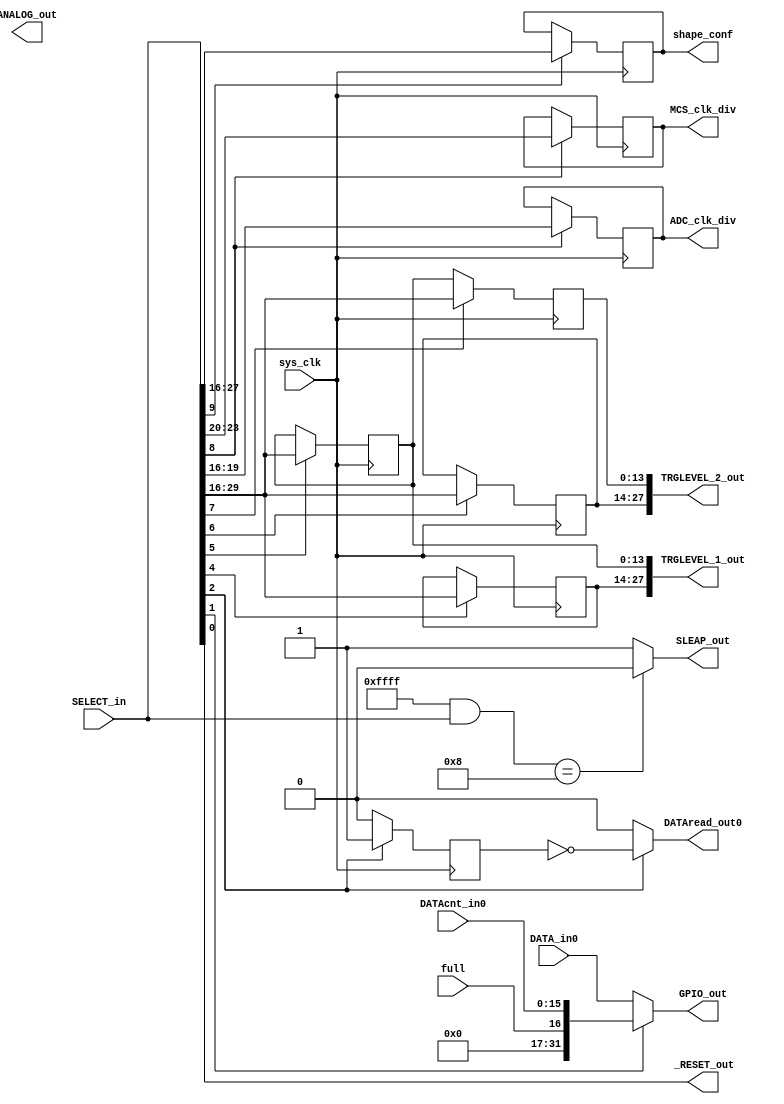
`timescale 1ns / 1ps

//ver1 
//ver2 : low level trg made. v1 <-> v2 compatibility.
//ver3 : more simplecodes. Add SCAtrg. v2 <-> v3 not compatibility. need to trgmod_v4.
//ver4 : add clock division selector.

//*GPIO input-------------
//  0xffff_ffff         //
//    +--+ +--+         //
//     02   01          //
//01: function select   //
//02: send data 16bit   //

//*function code--------------
//  0000_0000_0000_0000     //
//  +--+ +--+ +--+ +--+     //
//   04   03   02   01      //
//01: normal function ch0   //
//02: trg    function       //
//03: division etc			//
//04: reserved              //

//////////////////////////
//  function list ch0   //
//  input   function    //
//  0001    *start      //
//  0010    *inquiry    //
//  0100    *read       //
//  1000    *stop,sleap //
//////////////////////////////
//  function list output	//
//  0001    *H_TRGLv 1 set	//
//  0010	*L_TRGLv 1 set	//
//	0100	*H_TRGLv 2 set	//
//	1000	*L_TRGLv 2 set	//
//////////////////////////////////
//	function list clk division	//
//	0001	*adc,MCS clk div set//
//	0010	*tau set			//
//	0100	*reserved			//
//	1000	*reserved			//
//////////////////////////////////


module GPIOcontroller_modv4(
            SELECT_in, DATA_in0, DATAcnt_in0,full, sys_clk,
            GPIO_out, _RESET_out, DATAread_out0, SLEAP_out, ANALOG_out,TRGLEVEL_1_out,TRGLEVEL_2_out,ADC_clk_div,MCS_clk_div,shape_conf
    );
    
    input[31:0] SELECT_in;
    input[31:0] DATA_in0;
    input[15:0]  DATAcnt_in0;
    input       full;
    input       sys_clk;
    output[31:0] GPIO_out;
    output      DATAread_out0;
    output      _RESET_out;
    output      SLEAP_out;
    output[13:0] ANALOG_out;
    output[27:0] TRGLEVEL_1_out;
	output[27:0] TRGLEVEL_2_out;
	output[3:0] ADC_clk_div;
	output[3:0] MCS_clk_div;
	output[11:0] shape_conf;
    
	reg[11:0] shape_confset;
    reg resetflag;
    reg readflag0;
    reg readflag1;
    reg[13:0] ANALOG_data;
    reg[13:0] H_TRGLEVEL_data_1;
	reg[13:0] L_TRGLEVEL_data_1;
	reg[13:0] H_TRGLEVEL_data_2;
	reg[13:0] L_TRGLEVEL_data_2;
	reg[3:0] ADC_clk_division_data;
	reg[3:0] MCS_clk_division_data;
    
    //0_0001 start,reset conect to count reset    
    always@(posedge sys_clk)begin
        if(SELECT_in[0])
            resetflag <= 1;
        else
            resetflag <= 0;
    end
    assign _RESET_out = SELECT_in[0]/*? ~resetflag:0*/;
	
	//0_0010 data num OR 0100 data read selector. conect to GPIO in
    assign  GPIO_out = SELECT_in[1]? {15'h0000,full,DATAcnt_in0} : DATA_in0;
   
    // 0_0100 read  sys_clk conect to FIFO read sys_clk   
    always@(posedge sys_clk)begin
        if(SELECT_in[2])
            readflag0 <= 1;
        else
            readflag0 <= 0;
    end
    assign DATAread_out0 = SELECT_in[2]? ~readflag0:1'b0;
	
	//0_1000 stop,sleap conect to FIFO write enable
    assign  SLEAP_out = ((32'h0000_ffff & SELECT_in) == 32'h0000_0008)? 0:1;
    
    //1_0001 H TRG LEVEL data 1 resive from gpio
    always@(posedge sys_clk)begin
        if(SELECT_in[4])
            H_TRGLEVEL_data_1 <= SELECT_in[29:16];
        else
            H_TRGLEVEL_data_1 <= H_TRGLEVEL_data_1;
    end
	
	//1_0010 L TRG LEVEL data 1 resive from gpio
    always@(posedge sys_clk)begin
        if(SELECT_in[5])
            L_TRGLEVEL_data_1 <= SELECT_in[29:16];
        else
            L_TRGLEVEL_data_1 <= L_TRGLEVEL_data_1;
    end
    assign TRGLEVEL_1_out = {H_TRGLEVEL_data_1,L_TRGLEVEL_data_1};
	
	//1_0100 H TRG LEVEL data 2 resive from gpio
    always@(posedge sys_clk)begin
        if(SELECT_in[6])
            H_TRGLEVEL_data_2 <= SELECT_in[29:16];
        else
            H_TRGLEVEL_data_2 <= H_TRGLEVEL_data_2;
    end
	
	//1_1000 L TRG LEVEL data 2 resive from gpio
    always@(posedge sys_clk)begin
        if(SELECT_in[7])
            L_TRGLEVEL_data_2 <= SELECT_in[29:16];
        else
            L_TRGLEVEL_data_2 <= L_TRGLEVEL_data_1;
    end
    assign TRGLEVEL_2_out = {H_TRGLEVEL_data_2,L_TRGLEVEL_data_2};
    
	//2_0001 adc clk division set. conect to msmux_mod
	always@(posedge sys_clk)begin
		if(SELECT_in[8])begin
			ADC_clk_division_data <= SELECT_in[19:16];
			MCS_clk_division_data <= SELECT_in[23:20];
		end else begin
			ADC_clk_division_data <= ADC_clk_division_data;
			MCS_clk_division_data <= MCS_clk_division_data;
		end
	end
	assign ADC_clk_div = ADC_clk_division_data;
	assign MCS_clk_div = MCS_clk_division_data;
	
	//2_0010 tau & shaping div set. connect to shaping tau in & div in.
	always@(posedge sys_clk)begin
		if(SELECT_in[9])begin
			shape_confset <= SELECT_in[27:16];
		end else begin
			shape_confset <= shape_confset;
		end
	end
	assign shape_conf = shape_confset;
	
endmodule